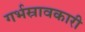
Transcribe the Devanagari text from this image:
गर्भस्रावकारी